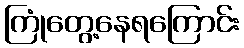
ကြုံတွေ့နေရကြောင်း